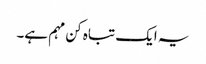
یہ ایک تباہ کن مہم ہے۔